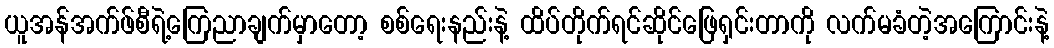
ယူအန်အက်ဖ်စီရဲ့ကြေညာချက်မှာတော့ စစ်ရေးနည်းနဲ့ ထိပ်တိုက်ရင်ဆိုင်ဖြေရှင်းတာကို လက်မခံတဲ့အကြောင်းနဲ့